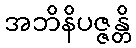
အဘိနိပဇ္ဇန္တိ